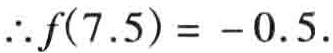
\(\therefore f(7.5)= - 0.5.\)